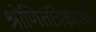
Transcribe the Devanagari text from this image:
श्रोणितंत्रिकाओं